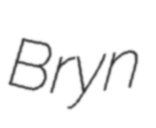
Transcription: Bryn